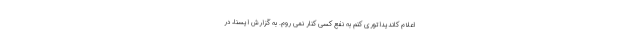
اعلام کاندیداتوری کنم به نفع کسی کنار نمی روم. به گزارش ایسنا، در